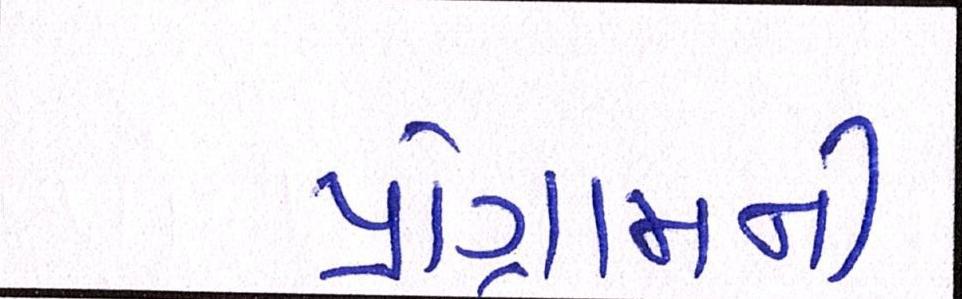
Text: પ્રોગ્રામની